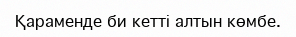
Қараменде би кетті алтын көмбе.